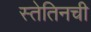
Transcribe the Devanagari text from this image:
स्तेतिनची